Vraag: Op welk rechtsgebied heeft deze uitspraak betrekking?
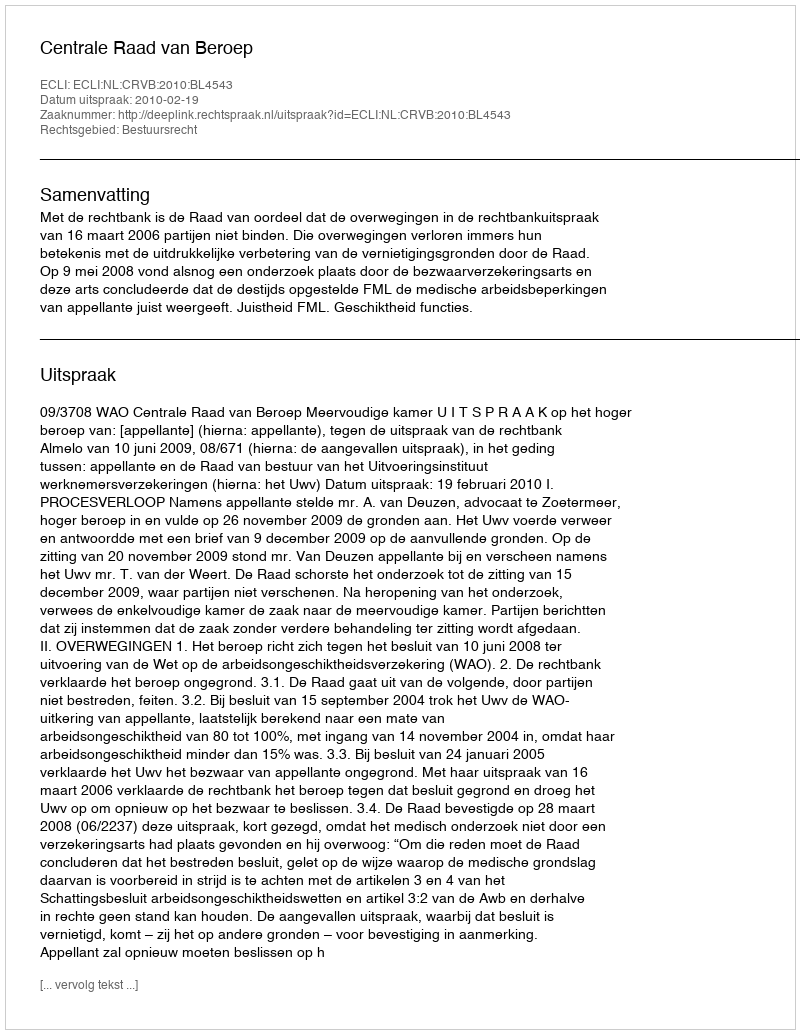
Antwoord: Bestuursrecht